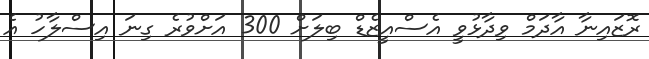
ރޮޒައިނާ އާދަމް ވިދާޅުވީ އެސްއީޒެޑް ބިލަށް 300 އަށްވުރެ ގިނަ އިސްލާހު އެ